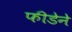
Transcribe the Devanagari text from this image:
फीडेने